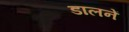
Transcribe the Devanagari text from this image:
डालनें